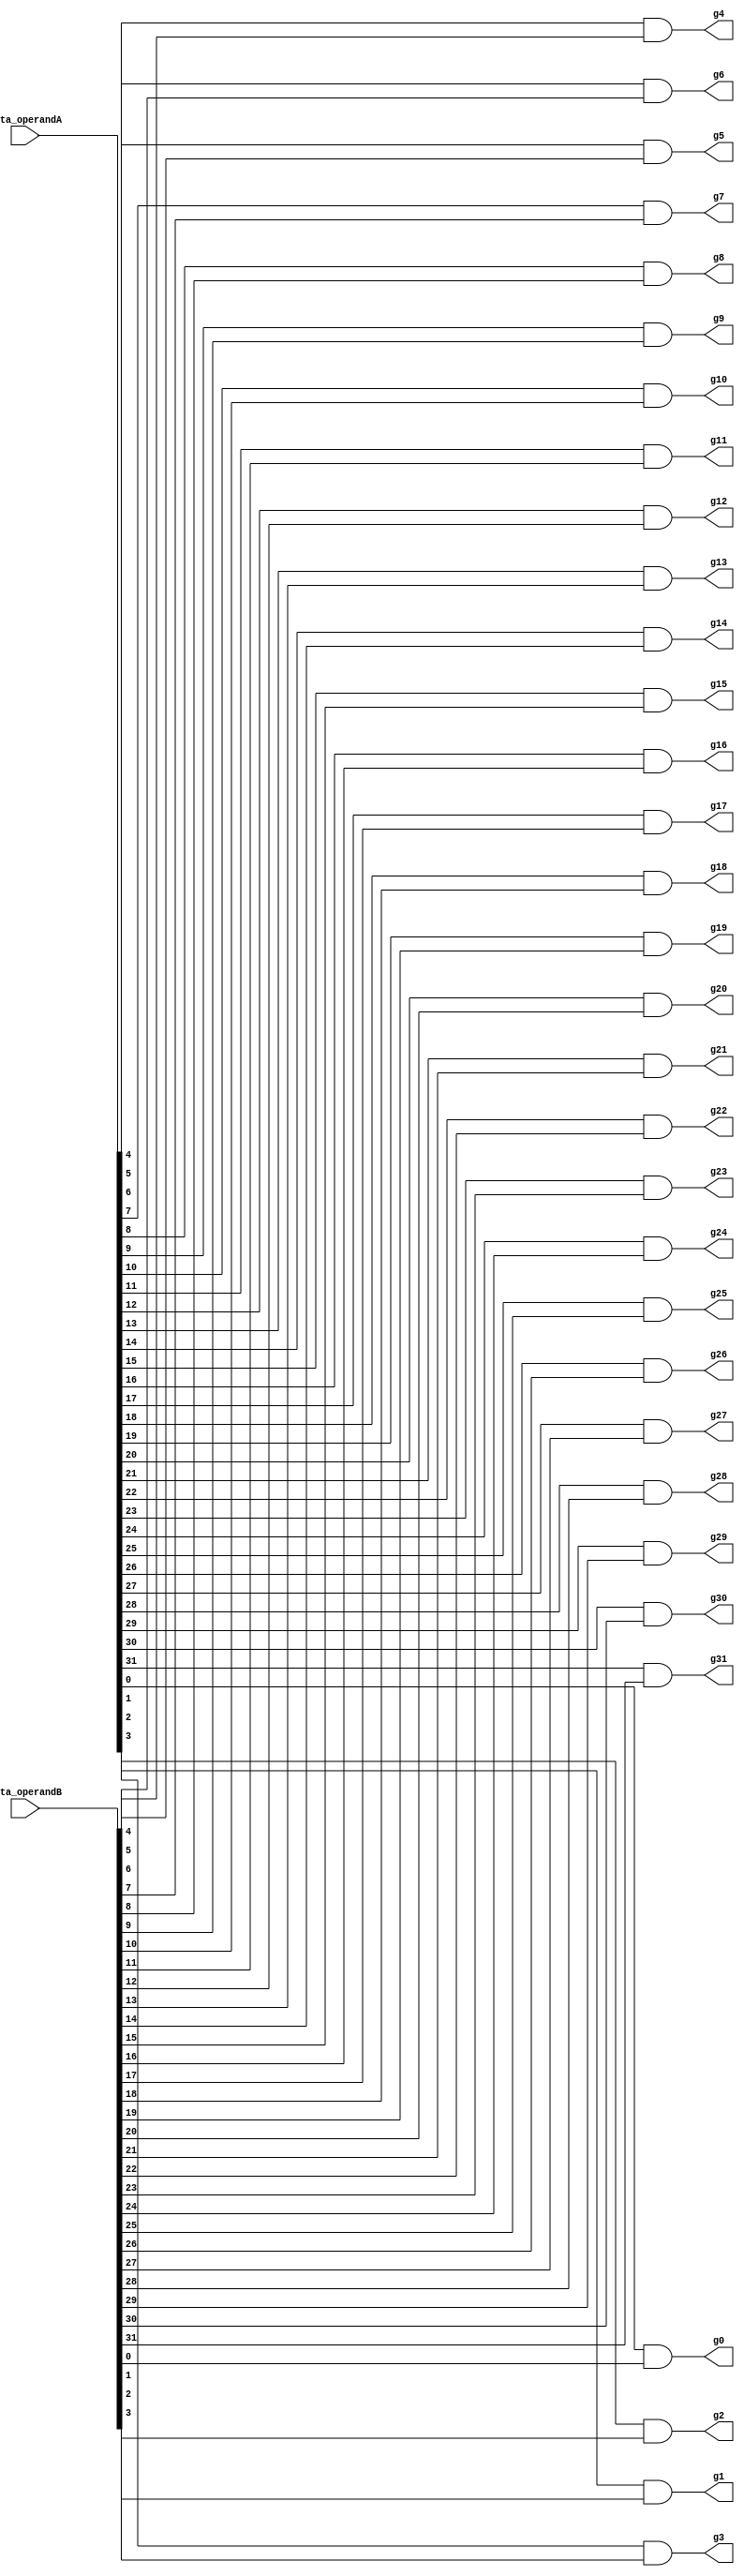
module gen(data_operandA, data_operandB, g0, g1, g2, g3, g4, g5, g6, g7, g8, g9, g10, g11, g12, g13, g14, g15, g16, g17, g18, g19, g20, g21, g22, g23, g24, g25, g26, g27, g28, g29, g30, g31);

    input [31:0] data_operandA, data_operandB; 
    output g0, g1, g2, g3, g4, g5, g6, g7, g8, g9, g10, g11, g12, g13, g14, g15, g16, g17, g18, g19, g20, g21, g22, g23, g24, g25, g26, g27, g28, g29, g30, g31;
    
    and and1(g0, data_operandA[0], data_operandB[0]);
    and and2(g1, data_operandA[1], data_operandB[1]);
    and and3(g2, data_operandA[2], data_operandB[2]);
    and and4(g3, data_operandA[3], data_operandB[3]);
    and and5(g4, data_operandA[4], data_operandB[4]);
    and and6(g5, data_operandA[5], data_operandB[5]);
    and and7(g6, data_operandA[6], data_operandB[6]);
    and and8(g7, data_operandA[7], data_operandB[7]);
    and and9(g8, data_operandA[8], data_operandB[8]);
    and and10(g9, data_operandA[9], data_operandB[9]);
    and and11(g10, data_operandA[10], data_operandB[10]);
    and and12(g11, data_operandA[11], data_operandB[11]);
    and and13(g12, data_operandA[12], data_operandB[12]);
    and and14(g13, data_operandA[13], data_operandB[13]);
    and and15(g14, data_operandA[14], data_operandB[14]);
    and and16(g15, data_operandA[15], data_operandB[15]);
    and and17(g16, data_operandA[16], data_operandB[16]);
    and and18(g17, data_operandA[17], data_operandB[17]);
    and and19(g18, data_operandA[18], data_operandB[18]);
    and and20(g19, data_operandA[19], data_operandB[19]);
    and and21(g20, data_operandA[20], data_operandB[20]);
    and and22(g21, data_operandA[21], data_operandB[21]);
    and and23(g22, data_operandA[22], data_operandB[22]);
    and and24(g23, data_operandA[23], data_operandB[23]);
    and and25(g24, data_operandA[24], data_operandB[24]);
    and and26(g25, data_operandA[25], data_operandB[25]);
    and and27(g26, data_operandA[26], data_operandB[26]);
    and and28(g27, data_operandA[27], data_operandB[27]);
    and and29(g28, data_operandA[28], data_operandB[28]);
    and and30(g29, data_operandA[29], data_operandB[29]);
    and and31(g30, data_operandA[30], data_operandB[30]);
    and and32(g31, data_operandA[31], data_operandB[31]);

endmodule